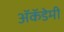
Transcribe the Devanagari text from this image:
अॅकॅडेमी